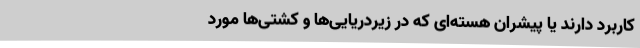
کاربرد دارند یا پیشران هسته‌ای که در زیردریایی‌ها و کشتی‌ها مورد